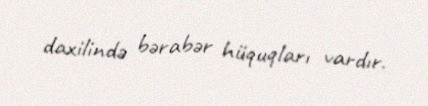
daxilində bərabər hüquqları vardır.